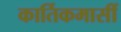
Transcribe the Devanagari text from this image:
कार्तिकमासीं